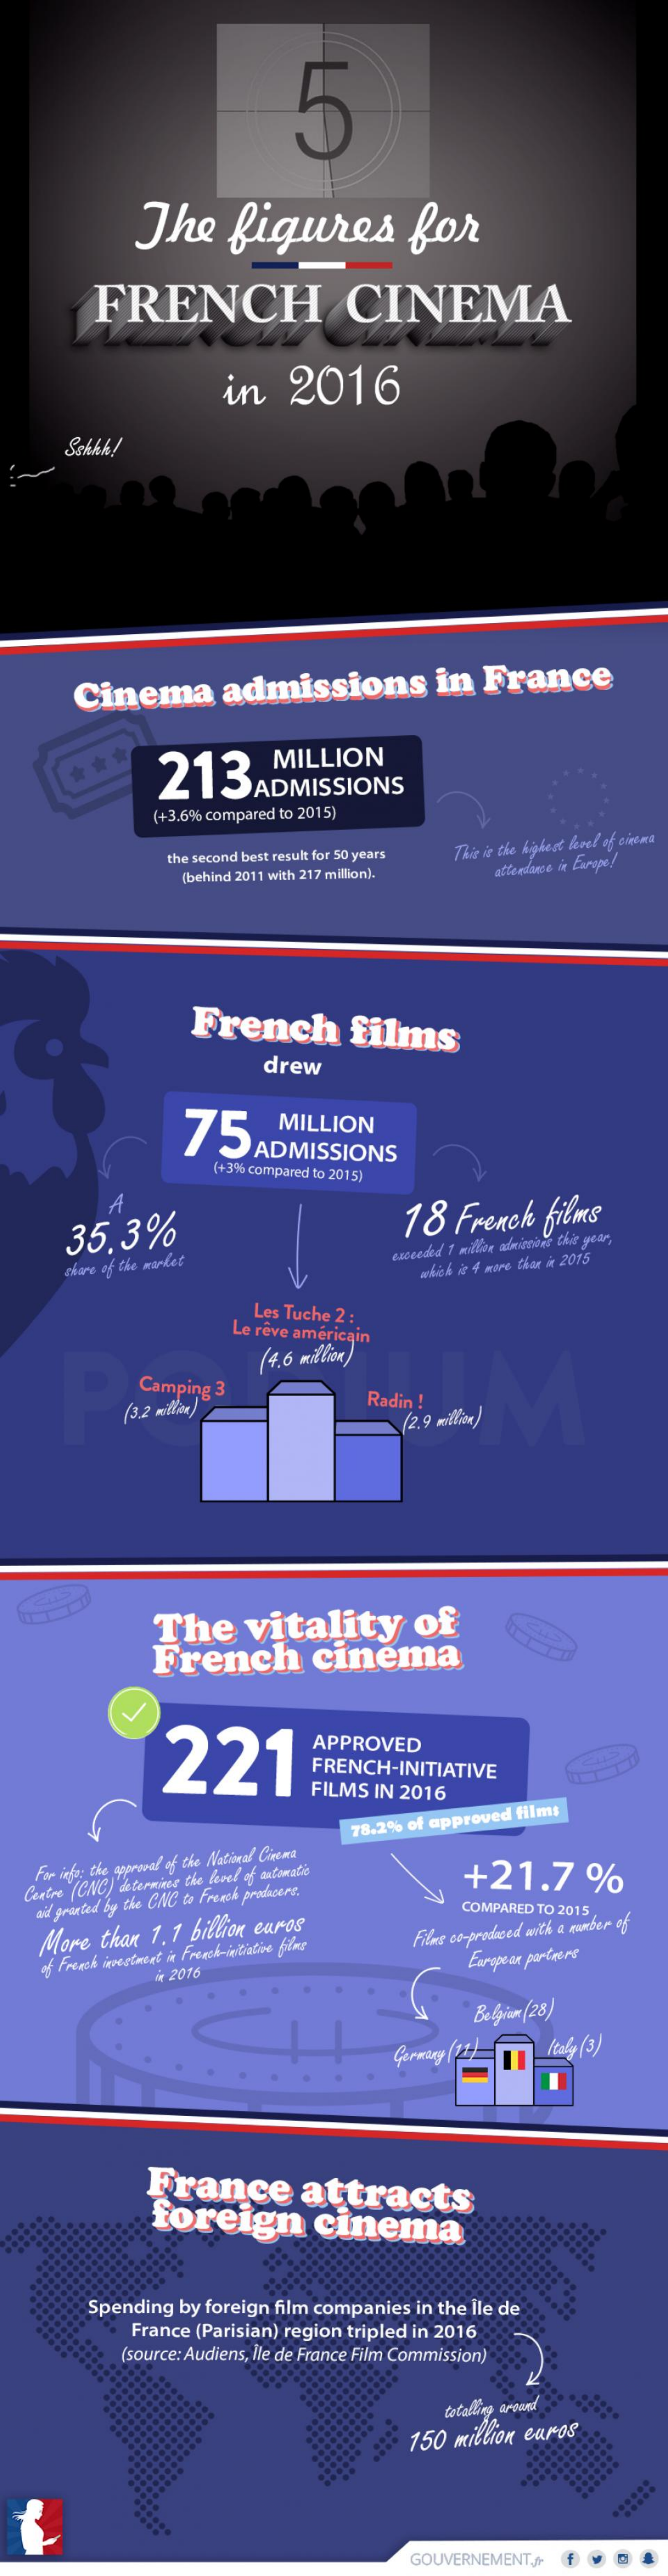
5
     The    figures    for
     FRENCH    CINEMA
     in    2016
     Sskkk!
     Cinema    admissions    in   France
     213
     MILLION
     (+3,6% compared to 2015)
     the second best result for 50 years This is the highest level of cinema
     (behind 2011 with 217 million).    attendance in Europe !
     French    films
     drew
     75    MILLION
     (+3% Compared to 2015)
     35,3%    18    French    films
     share of the market    whak it 4 more than in 2015
     Les Tuche 2 :
     Le rêve américa
     (4.6 MILLION
     Camping  3
     (3.2 million)    Radin !
     (2.9 millione)
     The    vitality    of
     French    cinema
     221
     APPROVED
     FRENCH-INITIATIVE
     FILMS   IN 2016
     78.2%  of approved  films
    For ings: the approval of the Nativeal Cinema
   Centre (CNC) determines the level of automatic    +21.7    %
    did granted by the CNC to French producers.
     COMPARED TO 2015,
     More  than  1.1  billion euros    Films co-produced with a number of
     of French investment in French-initiative filme
     in 2016
     European partners
     Belgian (28)
     Ically (3)
     France    attracts
     foreign    cinema
     Spending  by foreign film companies   in the Ile de
     France  (Parisian) region tripled in 2016
     (source: Audiens, Ile de France Film Commission)
     totalling Arsant
     150  million euros
     ...... ....
     GOUVERNEMENT,fr